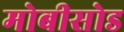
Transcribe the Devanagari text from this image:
मोबीसोड